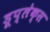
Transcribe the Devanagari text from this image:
डूप्लेक्स